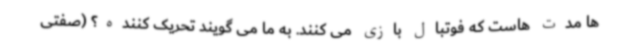
ها مدت هاست که فوتبال بازی می کنند. به ما می گویند تحریک کننده؟ (صفتی